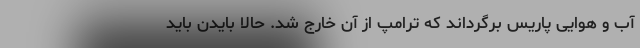
آب و هوایی پاریس برگرداند که ترامپ از آن خارج شد. حالا بایدن باید